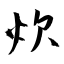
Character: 炊